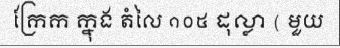
ក្រែក ក្នុង តំលៃ ១០៥ ដុល្លា ( មួយ